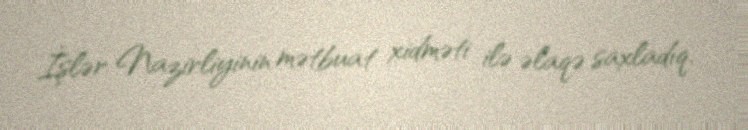
İşlər Nazirliyinin mətbuat xidməti ilə əlaqə saxladıq.